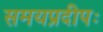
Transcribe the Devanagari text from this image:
समयप्रदीपः